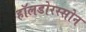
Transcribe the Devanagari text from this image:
हॉलडोरस्सोन